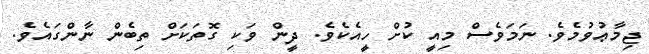
ޖިމާޢުވުމެވެ. ނަމަވެސް މިއީ ކުށް ހީއެކެވެ. ދީން ވަކި ގޮތަކަށް ތިބެން ނާންގައެވެ.